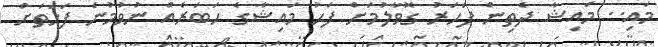
މައި.. މައިޝާ ދެތިން ފަހަރު ގޮވާލުމަށް ފަހު މައިޝާގެ ހަބަރެއް ނުވުމުނެ ފަހަތަށް